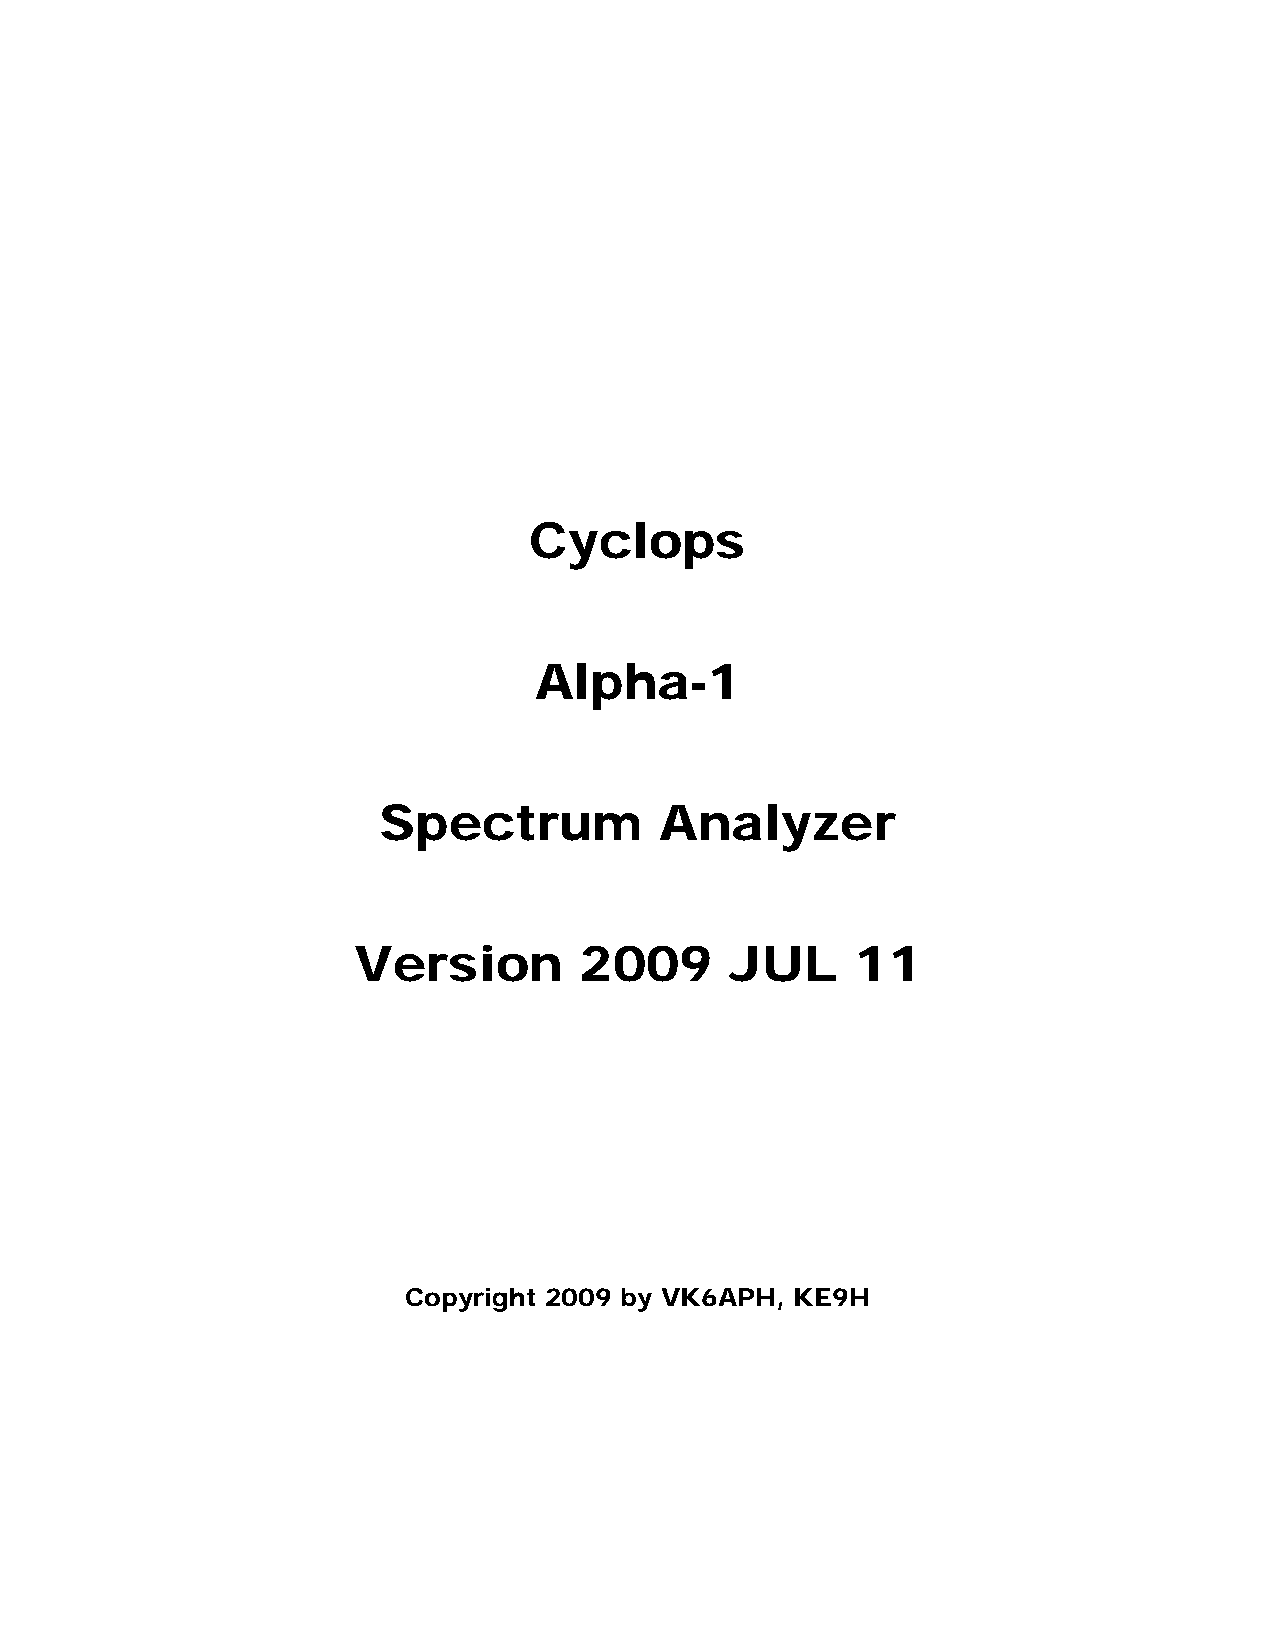
Cyclops
 Alpha-1
 Spectrum           Analyzer
 Version        2009      JUL      11
 Copyright 2009 by VK6APH, KE9H